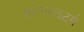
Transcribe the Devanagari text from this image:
सान्गराइटर्स